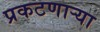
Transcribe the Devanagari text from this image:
प्रकटणाऱ्या